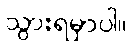
သွားရမှာပါ။